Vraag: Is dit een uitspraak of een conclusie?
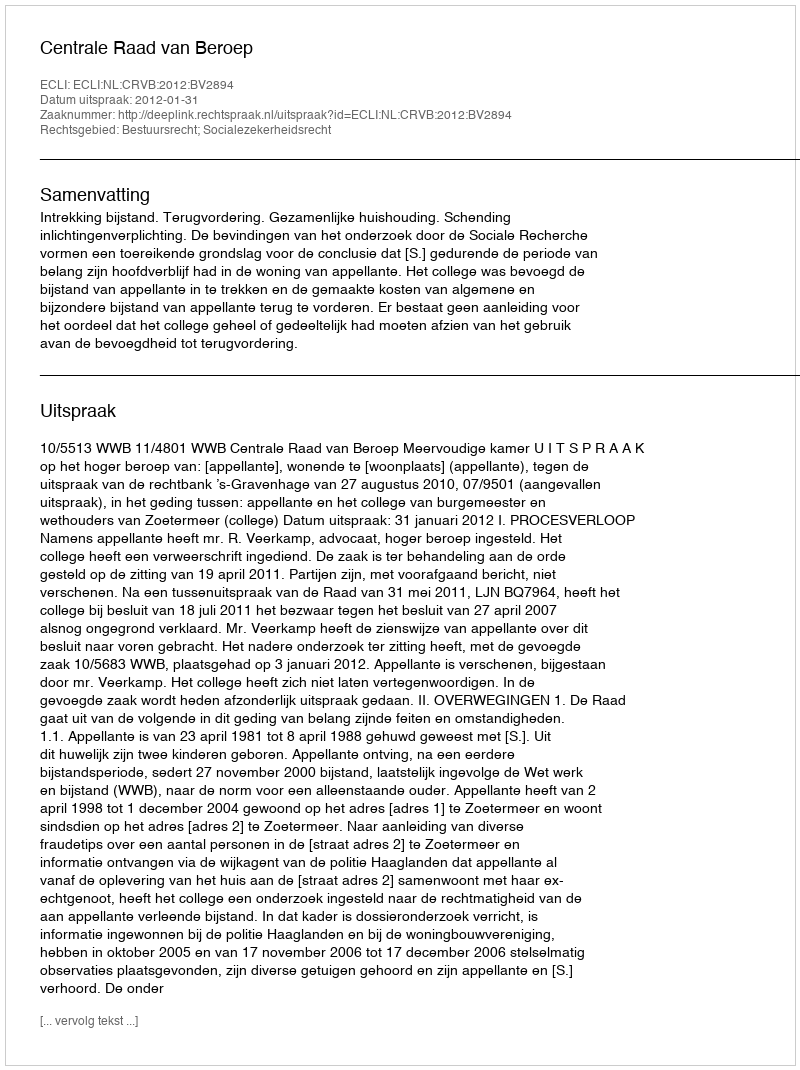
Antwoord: Uitspraak